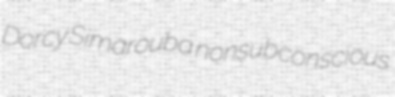
Dorcy Simarouba nonsubconscious